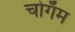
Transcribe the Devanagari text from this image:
चोगॅम